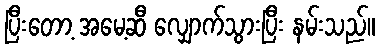
ပြီးတော့ အမေ့ဆီ လျှောက်သွားပြီး နမ်းသည်။